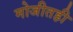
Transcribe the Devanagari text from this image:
मोजीतही